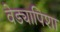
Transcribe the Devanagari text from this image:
वेड्यापिशा